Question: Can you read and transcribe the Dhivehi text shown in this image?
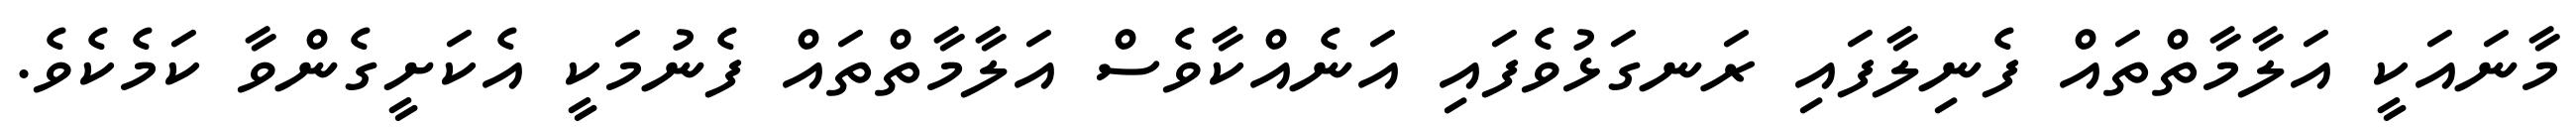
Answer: މާނައަކީ އަލާމާތްތައް ފެނިލާފައި ރަނގަޅުވެފައި އަނެއްކާވެސް އަލާމާތްތައް ފެނުމަކީ އެކަށީގެންވާ ކަމެކެވެ.